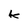
Character: k